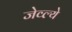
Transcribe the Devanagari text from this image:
जेव्ल्ये